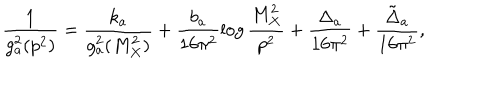
\frac { 1 } { g _ { a } ^ { 2 } ( p ^ { 2 } ) } = \frac { k _ { a } } { g _ { a } ^ { 2 } ( M _ { X } ^ { 2 } ) } + \frac { b _ { a } } { 1 6 \pi ^ { 2 } } \log \frac { M _ { X } ^ { 2 } } { p ^ { 2 } } + \frac { \Delta _ { a } } { 1 6 \pi ^ { 2 } } + \frac { { \tilde { \Delta } } _ { a } } { 1 6 \pi ^ { 2 } } ,